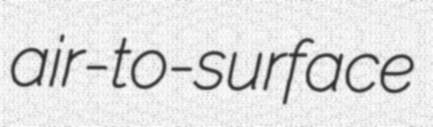
air-to-surface